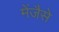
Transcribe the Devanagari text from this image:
मेंजैसे